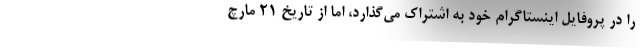
را در پروفایل اینستاگرام خود به اشتراک می‌گذارد، اما از تاریخ ۲۱ مارچ